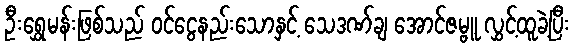
ဦးရွှေမန်းဖြစ်သည် ဝင်ငွေနည်းသောနှင့် သေဒဏ်ချ အောင်ဇမ္ဗူ လွှင့်ထူခဲ့ပြီး